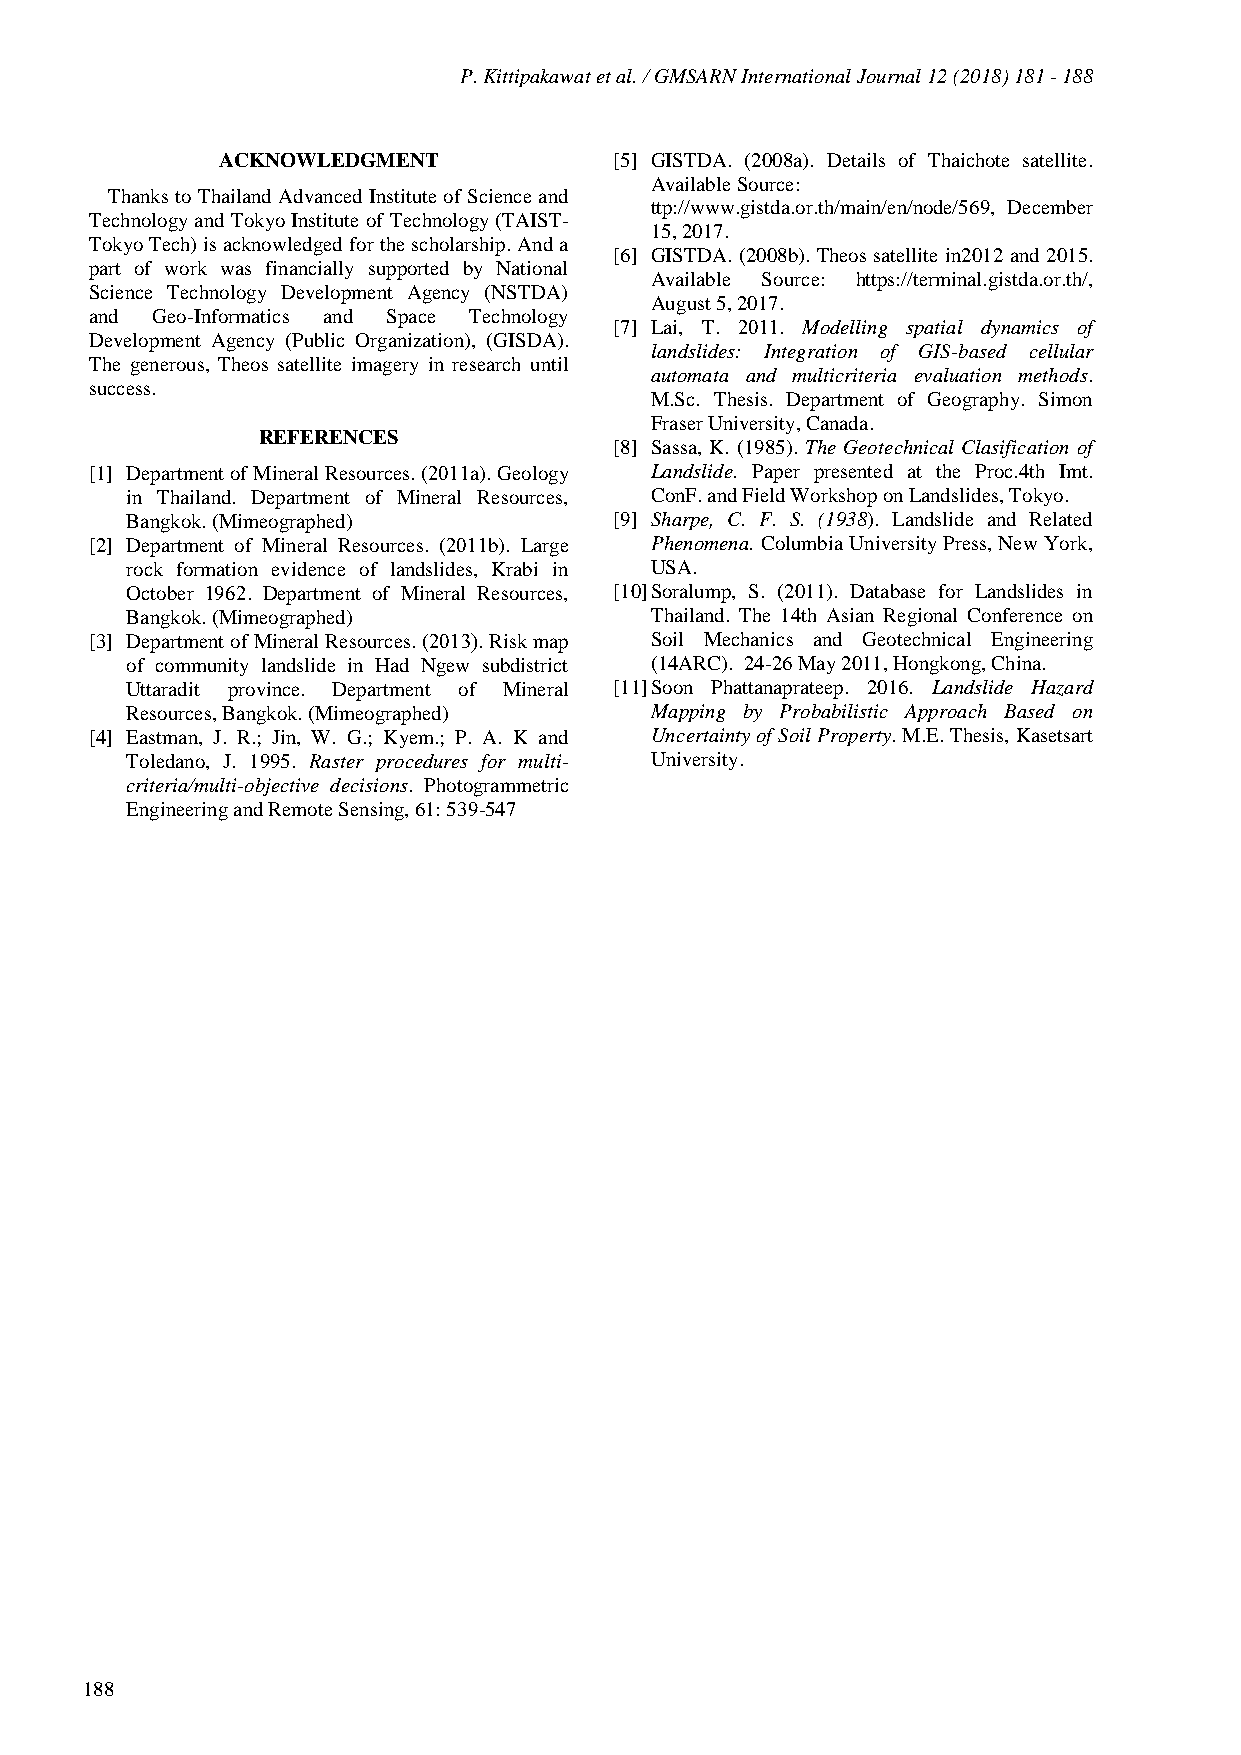
P. Kittipakawat et al. / GMSARN International Journal 12 (2018) 181 - 188
 ACKNOWLEDGMENT             [5] GISTDA. (2008a). Details of Thaichote satellite.
 Available Source:
 Thanks to Thailand Advanced Institute of Science and
 ttp://www.gistda.or.th/main/en/node/569, December
 Technology and Tokyo Institute of Technology (TAIST-
 15, 2017.
 Tokyo Tech) is acknowledged for the scholarship. And a
 [6] GISTDA. (2008b). Theos satellite in2012 and 2015.
 part of work was financially supported by National
 Available Source: https://terminal.gistda.or.th/,
 Science Technology Development Agency (NSTDA)
 August 5, 2017.
 and Geo-Informatics and Space Technology
 [7] Lai, T. 2011. Modelling spatial dynamics of
 Development Agency (Public Organization), (GISDA).
 landslides: Integration of GIS-based cellular
 The generous, Theos satellite imagery in research until
 automata and multicriteria evaluation methods.
 success.
 M.Sc. Thesis. Department of Geography. Simon
 Fraser University, Canada.
 REFERENCES
 [8] Sassa, K. (1985). The Geotechnical Clasification of
 [1] Department of Mineral Resources. (2011a). Geology Landslide. Paper presented at the Proc.4th Imt.
 in Thailand. Department of Mineral Resources, ConF. and Field Workshop on Landslides, Tokyo.
 Bangkok. (Mimeographed)          [9] Sharpe, C. F. S. (1938). Landslide and Related
 [2] Department of Mineral Resources. (2011b). Large Phenomena. Columbia University Press, New York,
 rock formation evidence of landslides, Krabi in USA.
 October 1962. Department of Mineral Resources, [10] Soralump, S. (2011). Database for Landslides in
 Bangkok. (Mimeographed)            Thailand. The 14th Asian Regional Conference on
 [3] Department of Mineral Resources. (2013). Risk map Soil Mechanics and Geotechnical Engineering
 of community landslide in Had Ngew subdistrict (14ARC). 24-26 May 2011, Hongkong, China.
 Uttaradit province. Department of Mineral [11] Soon Phattanaprateep. 2016. Landslide Hazard
 Resources, Bangkok. (Mimeographed) Mapping by Probabilistic Approach Based on
 [4] Eastman, J. R.; Jin, W. G.; Kyem.; P. A. K and Uncertainty of Soil Property. M.E. Thesis, Kasetsart
 Toledano, J. 1995. Raster procedures for multi- University.
 criteria/multi-objective decisions. Photogrammetric
 Engineering and Remote Sensing, 61: 539-547
 188